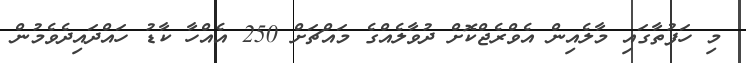
މި ހަފުތާގައި މާލެއިން އެވްރެޖްކޮށް ދުވާލެއްގެ މައްޗަށް 250 އެއްހާ ކާޑު ހައްދައިދެވެމުން